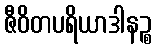
ဇီဝိတပရိယာဒါနဉ္စ